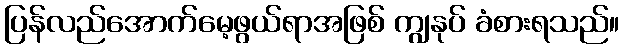
ပြန်လည်အောက်မေ့ဖွယ်ရာအဖြစ် ကျွနုပ် ခံစားရသည်။